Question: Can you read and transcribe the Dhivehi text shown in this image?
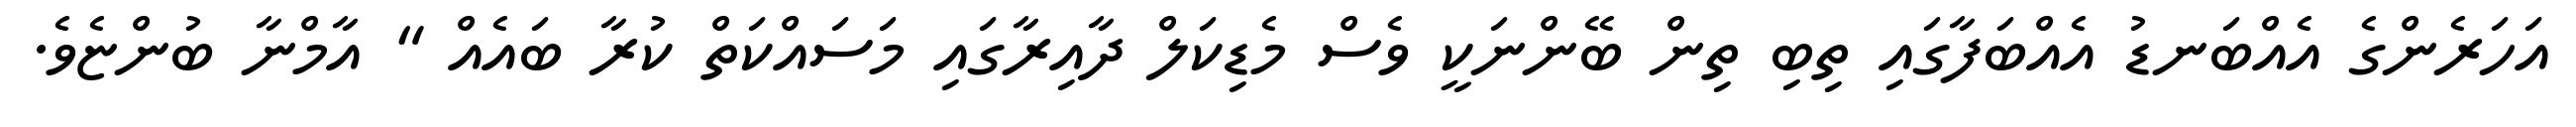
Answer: އަހަރެންގެ އެއްބަނޑު އެއްބަފާގައި ތިބި ތިން ބޭންނަކީ ވެސް މެޑިކަލް ދާއިރާގައި މަސައްކަތް ކުރާ ބައެއް " އާމްނާ ބުންޏެވެ.